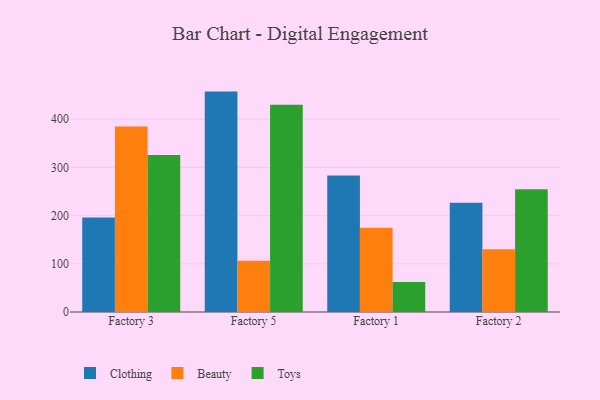
{"axis": {"x": "Factory", "y": "Gross Profit (USD K)"}, "legend": ["Beauty", "Clothing", "Toys"], "data": [{"x": "Factory 3", "y": 196.3, "type": "Clothing"}, {"x": "Factory 3", "y": 384.8, "type": "Beauty"}, {"x": "Factory 3", "y": 325.5, "type": "Toys"}, {"x": "Factory 5", "y": 457.3, "type": "Clothing"}, {"x": "Factory 5", "y": 106.1, "type": "Beauty"}, {"x": "Factory 5", "y": 429.8, "type": "Toys"}, {"x": "Factory 1", "y": 283.3, "type": "Clothing"}, {"x": "Factory 1", "y": 174.8, "type": "Beauty"}, {"x": "Factory 1", "y": 62.0, "type": "Toys"}, {"x": "Factory 2", "y": 226.9, "type": "Clothing"}, {"x": "Factory 2", "y": 130.3, "type": "Beauty"}, {"x": "Factory 2", "y": 254.9, "type": "Toys"}]}